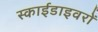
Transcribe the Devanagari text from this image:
स्काईडाइवरों